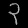
Digit: ၃